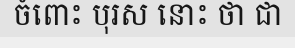
ចំពោះ បុរស នោះ ថា ជា